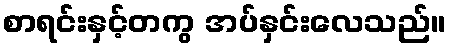
စာရင်းနှင့်တကွ အပ်နှင်းလေသည်။